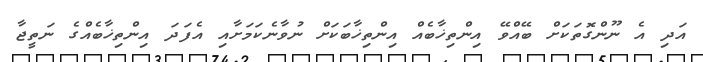
އަދި އެ ނޫންގޮތަކަށް ބޭއްވޭ އިންތިޚާބެއް އިންތިޚާބަކަށް ނުވާނެކަމަށާއި އެފަދަ އިންތިޚާބެއްގެ ނަތީޖާ